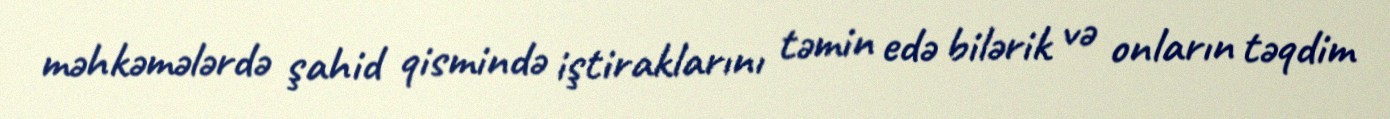
məhkəmələrdə şahid qismində iştiraklarını təmin edə bilərik və onların təqdim